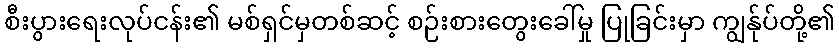
စီးပွားရေးလုပ်ငန်း၏ မစ်ရှင်မှတစ်ဆင့် စဉ်းစားတွေးခေါ်မှု ပြုခြင်းမှာ ကျွန်ုပ်တို့၏